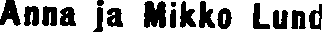
Anna ja Mikko Lund